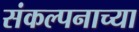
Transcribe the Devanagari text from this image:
संकल्पनाच्या